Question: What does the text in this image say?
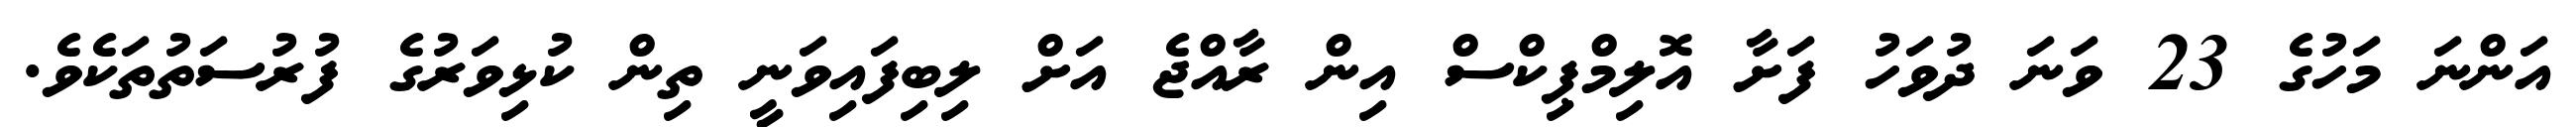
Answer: އަންނަ މަހުގެ 23 ވަނަ ދުވަހު ފަށާ އޮލިމްޕިކްސް އިން ރާއްޖެ އަށް ލިބިފައިވަނީ ތިން ކުޅިވަރުގެ ފުރުސަތުތަކެވެ.